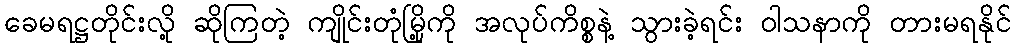
ခေမရဋ္ဌတိုင်းလို့ ဆိုကြတဲ့ ကျိုင်းတုံမြို့ကို အလုပ်ကိစ္စနဲ့ သွားခဲ့ရင်း ဝါသနာကို တားမရနိုင်